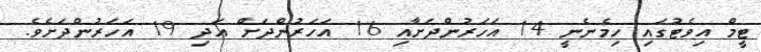
ޓީމް އިވެޓުގައި ހިމެނެނީ 14 އަހަރުންދަށާއި 16 އަހަރުންދަށް އަދި 19 އަހަރުންދަށެވެ.